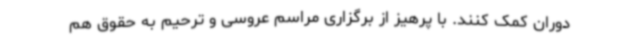
دوران کمک کنند. با پرهیز از برگزاری مراسم عروسی و ترحیم به حقوق هم